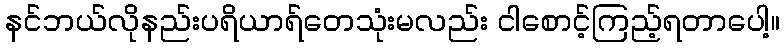
နင်ဘယ်လိုနည်းပရိယာရ်တေသုံးမလည်း ငါစောင့်ကြည့်ရတာပေါ့။